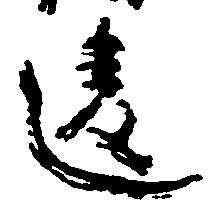
違